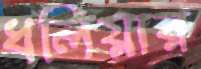
ধলিয়ার